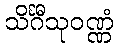
သိင်္ဂီသုဝဏ္ဏံ